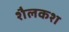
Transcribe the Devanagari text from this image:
शैलकश